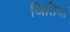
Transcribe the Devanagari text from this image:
जितियां